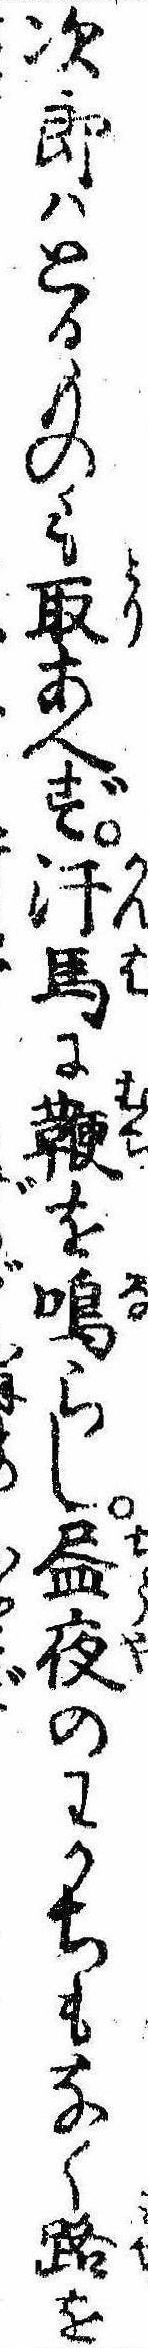
次郎はとるものも取あへず汗馬に鞭を鳴らし昼夜のわかちもなく路を